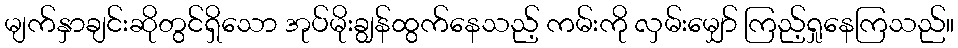
မျက်နှာချင်းဆိုတွင်ရှိသော အုပ်မိုးချွန်ထွက်နေသည့် ကမ်းကို လှမ်းမျှော် ကြည့်ရှုနေကြသည်။